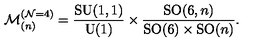
\mathcal { M } _ { ( n ) } ^ { ( \mathcal { N } = 4 ) } = \frac { \mathrm { S U } ( 1 , 1 ) } { \mathrm { U } ( 1 ) } \times \frac { \mathrm { S O } ( 6 , n ) } { \mathrm { S O } ( 6 ) \times \mathrm { S O } ( n ) } .